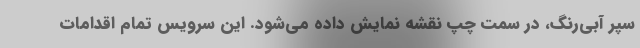
سپر آبی‌رنگ، در سمت چپ نقشه نمایش داده می‌شود. این سرویس تمام اقدامات